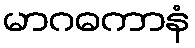
မာဂဓကာနံ